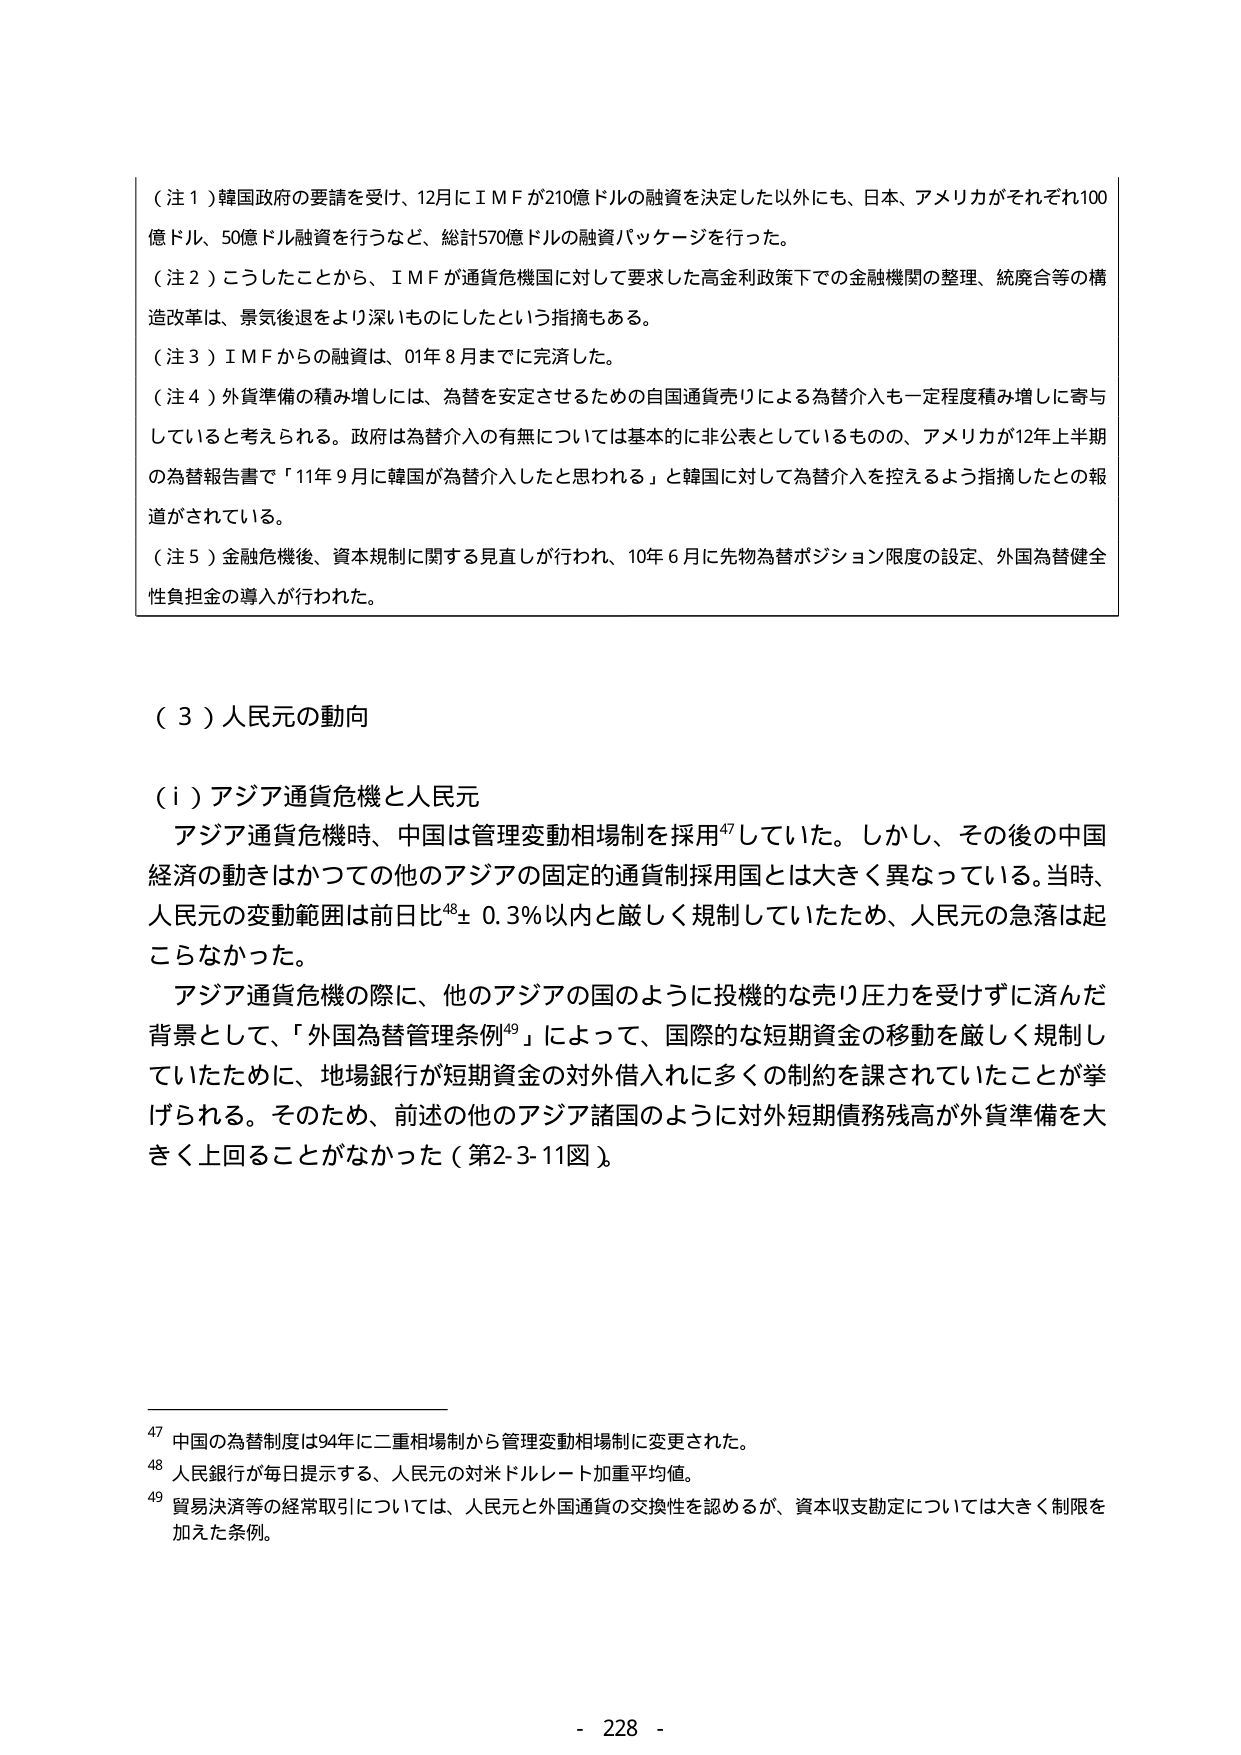
（注１）韓国政府の要請を受け、12月にＩＭＦが210億ドルの融資を決定した以外にも、日本、アメリカがそれぞれ100億ドル、50億ドル融資を行うなど、総計570億ドルの融資パッケージを行った。

（注２）こうしたことから、ＩＭＦが通貨危機国に対して要求した高金利政策下での金融機関の整理、統廃合等の構造改革は、景気後退をより深いものにしたという指摘もある。

（注３）ＩＭＦからの融資は、01年８月までに完済した。

（注４）外貨準備の積み増しには、為替を安定させるための自国通貨売りによる為替介入も一定程度積み増しに寄与していると考えられる。政府は為替介入の有無については基本的に非公表としているものの、アメリカが12年上半期の為替報告書で「11年９月に韓国が為替介入したと思われる」と韓国に対して為替介入を控えるよう指摘したとの報道がされている。

（注５）金融危機後、資本規制に関する見直しが行われ、10年６月に先物為替ポジション限度の設定、外国為替健全性負担金の導入が行われた。

（３）人民元の動向

（ｉ）アジア通貨危機と人民元
　アジア通貨危機時、中国は管理変動相場制を採用⁴⁷していた。しかし、その後の中国経済の動きはかつての他のアジアの固定的通貨制採用国とは大きく異なっている。当時、人民元の変動範囲は前日比⁴⁸±0.3％以内と厳しく規制していたため、人民元の急落は起こらなかった。
　アジア通貨危機の際に、他のアジアの国のように投機的な売り圧力を受けずに済んだ背景として、「外国為替管理条例⁴⁹」によって、国際的な短期資金の移動を厳しく規制していたために、地場銀行が短期資金の対外借入れに多くの制約を課されていたことが挙げられる。そのため、前述の他のアジア諸国のように対外短期債務残高が外貨準備を大きく上回ることがなかった（第2-3-11図）。

⁴⁷ 中国の為替制度は94年に二重相場制から管理変動相場制に変更された。
⁴⁸ 人民銀行が毎日提示する、人民元の対米ドルレート加重平均値。
⁴⁹ 貿易決済等の経常取引については、人民元と外国通貨の交換性を認めるが、資本収支勘定については大きく制限を加えた条例。

- 228 -